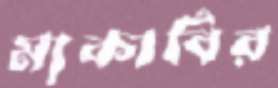
ম্যকাবির